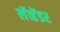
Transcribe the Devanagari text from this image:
लॅव्हेंडर